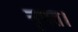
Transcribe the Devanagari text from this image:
नृपत।